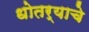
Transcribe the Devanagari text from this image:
धोतर्‍याचे